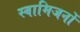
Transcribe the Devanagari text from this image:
स्वामिजनों